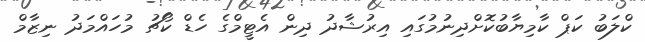
ކްލަބު ކަޕް ކާމިޔާބުކޮށްދިނުމުގައި އިރުޝާދު ދިން އެޓީމްގެ ހެޑް ކޯޗު މުހައްމަދު ނިޒާމް